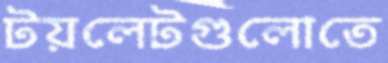
টয়লেটগুলোতে